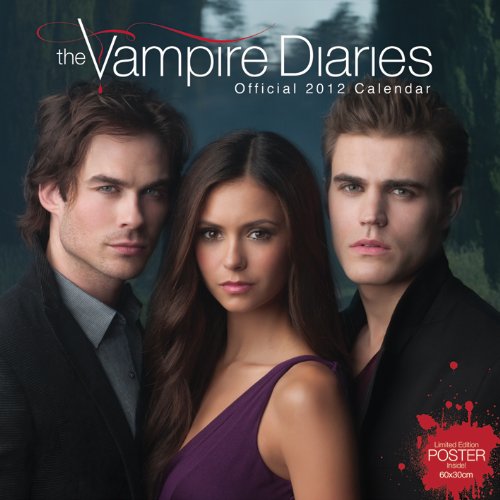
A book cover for (11x12) The Vampire Diaries 16-Month 2012 TV Calendar; Calendars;